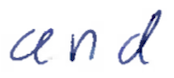
Text: and
Cross-out: clean
Writing tool: ballpoint